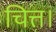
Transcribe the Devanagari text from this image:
चित्त।